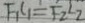
F _ { 1 } L _ { 1 } = F _ { 2 } L _ { 2 }